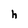
Character: h